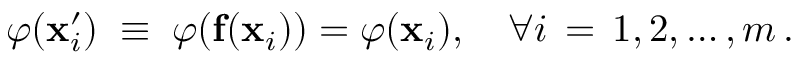
\varphi ( \mathbf { x } _ { i } ^ { \prime } ) \; \equiv \; \varphi ( \mathbf { f } ( \mathbf { x } _ { i } ) ) = \varphi ( \mathbf { x } _ { i } ) , \quad \forall i \, = \, 1 , 2 , \ldots , m \, .